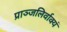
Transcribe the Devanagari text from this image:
प्राञ्जलिर्वाक्यं